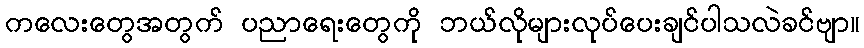
ကလေးတွေအတွက် ပညာရေးတွေကို ဘယ်လိုများလုပ်ပေးချင်ပါသလဲခင်ဗျာ။